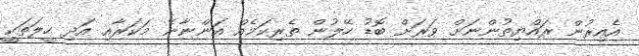
އެއިރުން ރައްޔިތުންނަށް ވަރަށް ބޮޑު ހޭލުން ތެރިކަމެއް އަންނާނެ މަކަރާއި އަދި ހީލަތަކީ